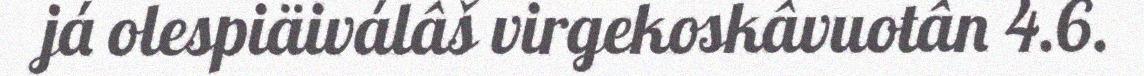
já olespiäiválâš virgekoskâvuotân 4.6.